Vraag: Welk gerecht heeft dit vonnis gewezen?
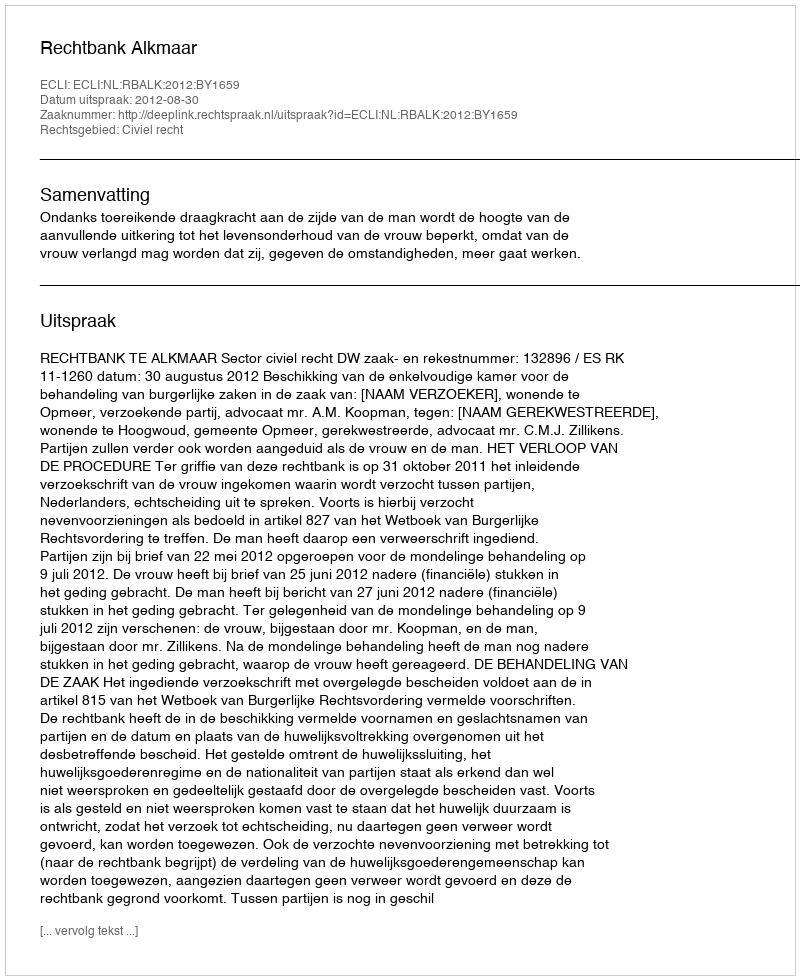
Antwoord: Rechtbank Alkmaar